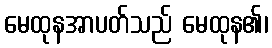
မေထုနအာပတ်သည် မေထုန၏၊